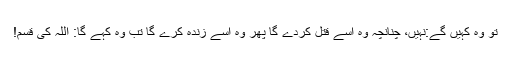
تو وہ کہیں گے:نہیں، چنانچہ وہ اسے قتل کردے گا پھر وہ اسے زندہ کرے گا تب وہ کہے گا: اللہ کی قسم!